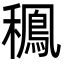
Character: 䆇